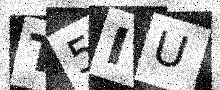
Text: T5IU